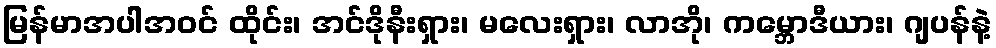
မြန်မာအပါအဝင် ထိုင်း၊ အင်ဒိုနီးရှား၊ မလေးရှား၊ လာအို၊ ကမ္ဘောဒီယား၊ ဂျပန်နဲ့